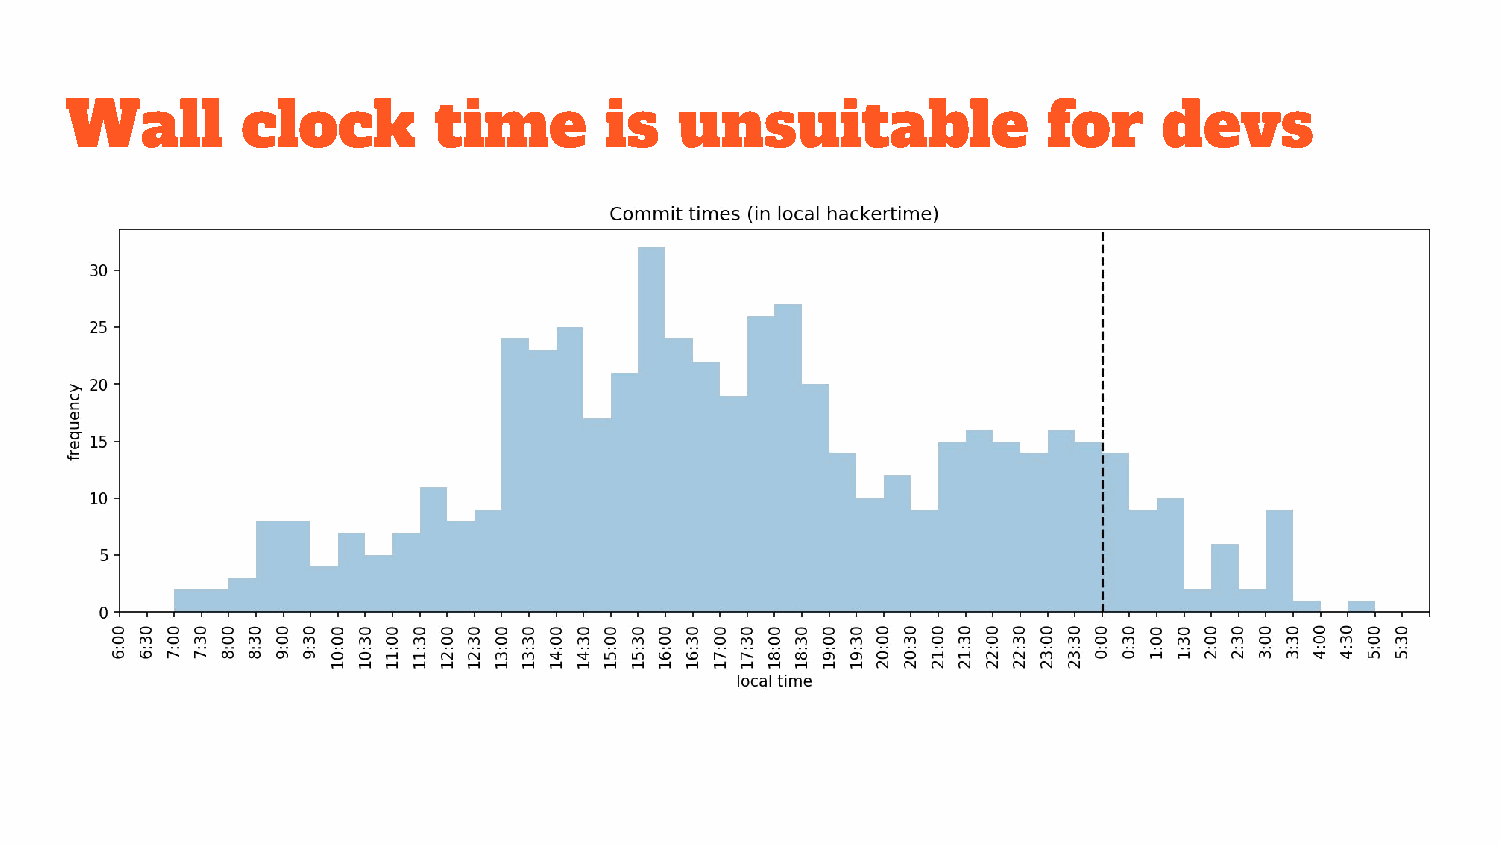
Wall        clock        time       is   unsuitable              for     devs